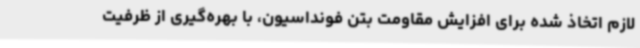
لازم اتخاذ شده برای افزایش مقاومت بتن فونداسیون، با بهره‌گیری از ظرفیت